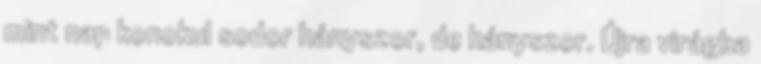
mint nap konokul sodor hányszor, de hányszor. Újra virágba